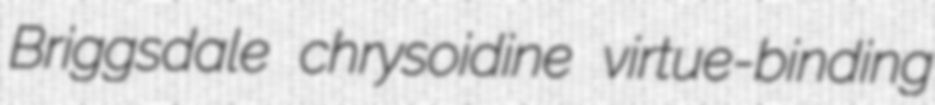
Briggsdale chrysoidine virtue-binding